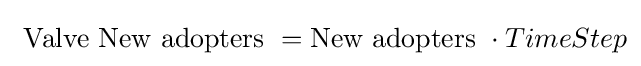
\ {\mbox{Valve New adopters}}\ ={\mbox{New adopters }}\cdot TimeStep